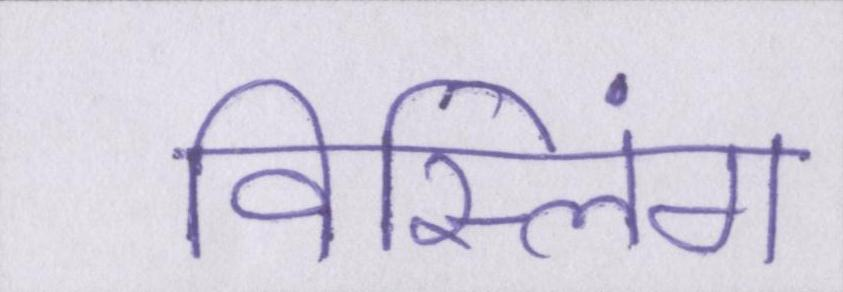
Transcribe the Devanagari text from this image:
विस्लिंग